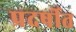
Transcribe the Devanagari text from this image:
प्रदर्षीत